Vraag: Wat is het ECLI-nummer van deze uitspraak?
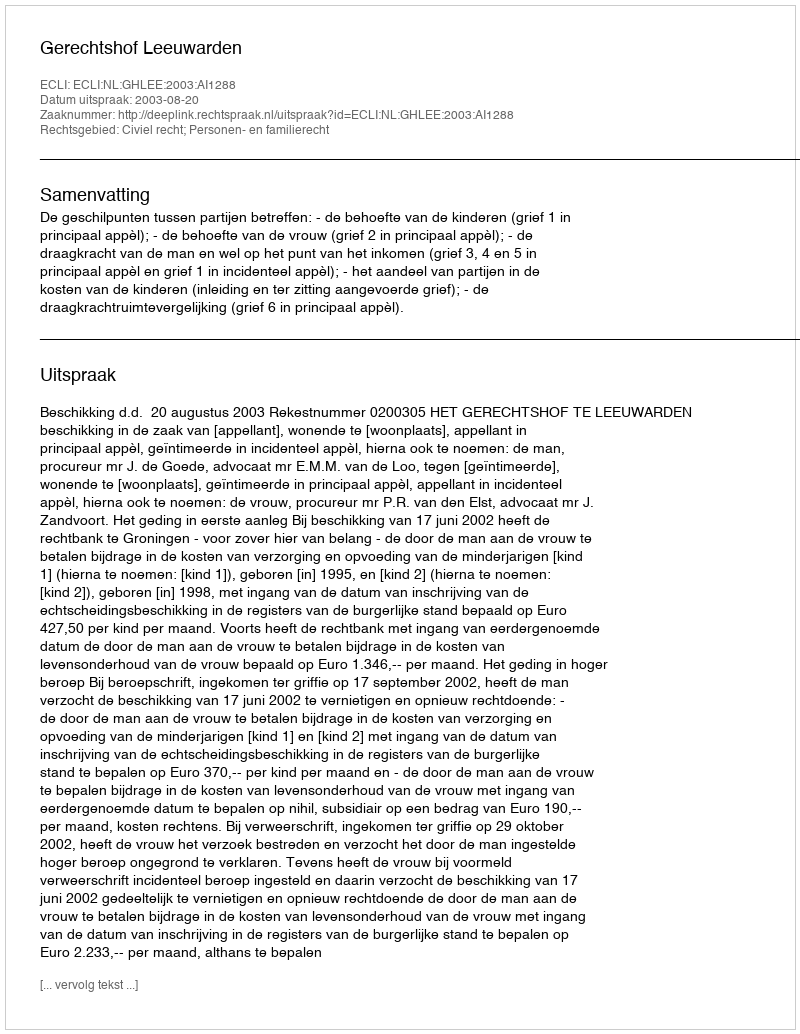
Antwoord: ECLI:NL:GHLEE:2003:AI1288